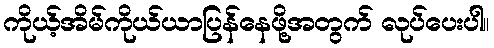
ကိုယ့်အိမ်ကိုယ်ယာပြန်နေဖို့အတွက် လုပ်ပေးပါ။